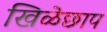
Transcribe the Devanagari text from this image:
खिळेछाप